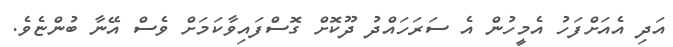
އަދި އެއަށްފަހު އެމީހުން އެ ސަރަހައްދު ދޫކޮށް ގޮސްފައިވާކަމަށް ވެސް އޭނާ ބުންޏެވެ.